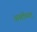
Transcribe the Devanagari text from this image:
अर्बाथ्न्ट